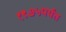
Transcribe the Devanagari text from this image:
१९७५पर्यंत